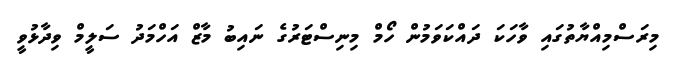
މިރަސްމިއްޔާތުގައި ވާހަކަ ދައްކަވަމުން ހޯމް މިނިސްޓަރުގެ ނައިބު މާޒް އަހްމަދު ސަލީމް ވިދާޅުވީ